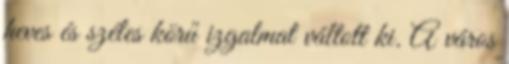
heves és széles körű izgalmat váltott ki. A város